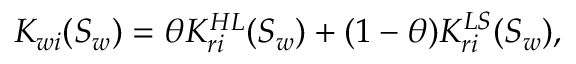
K _ { w i } ( S _ { w } ) = \theta K _ { r i } ^ { H L } ( S _ { w } ) + ( 1 - \theta ) K _ { r i } ^ { L S } ( S _ { w } ) ,